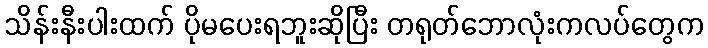
သိန်းနီးပါးထက် ပိုမပေးရဘူးဆိုပြီး တရုတ်ဘောလုံးကလပ်တွေက